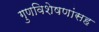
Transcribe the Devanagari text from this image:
गुणविशेषणांसह